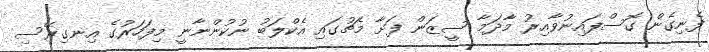
ފެނިގެން ގޮސްފައިނުވާއިރު މާދަމާ ސީޒަން ފަށާ މެޗުގައި އެކްލަބު ނުކުންނާނީ މިފަހަރުގެ އިނގިރޭސި